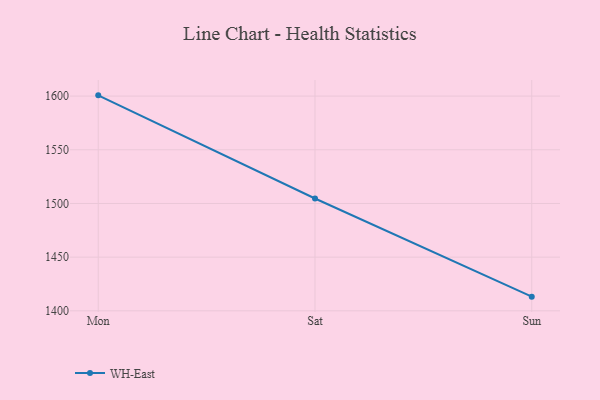
{"axis": {"x": "Day", "y": "Churn Rate (%)"}, "legend": ["WH-East"], "data": [{"x": "Mon", "y": 1600.7, "type": "WH-East"}, {"x": "Sat", "y": 1504.6, "type": "WH-East"}, {"x": "Sun", "y": 1413.2, "type": "WH-East"}]}